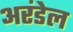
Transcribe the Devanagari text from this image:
अरंडेल